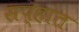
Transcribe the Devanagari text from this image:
सप्हांत